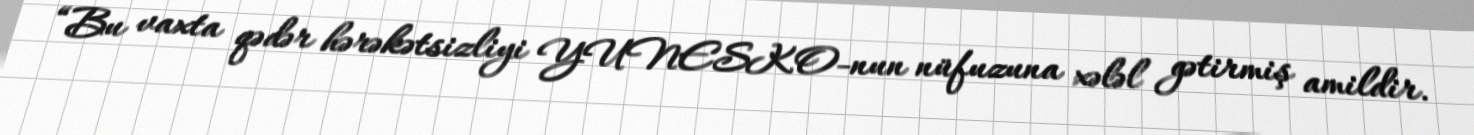
“Bu vaxta qədər hərəkətsizliyi YUNESKO-nun nüfuzuna xələl gətirmiş amildir.